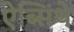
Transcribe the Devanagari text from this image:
ऐब्सिंथे